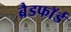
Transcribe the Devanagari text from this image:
ब्रैडफाॅर्ड